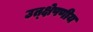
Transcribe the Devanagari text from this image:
उत्क्षेपणीय